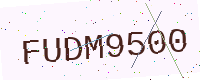
Text: FUDM9500